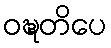
ဝဍ္ဎတိပေ